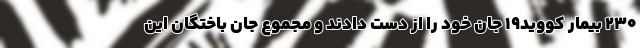
۲۳۰ بیمار کووید۱۹ جان خود را از دست دادند و مجموع جان باختگان این